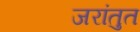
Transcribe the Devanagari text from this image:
जरांतुत